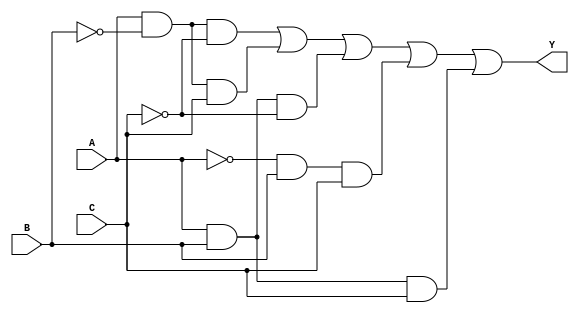
module kmap_3var (
    input wire A,   // Input variable A
    input wire B,   // Input variable B
    input wire C,   // Input variable C
    output wire Y   // Output of the combinational logic
);

// Define the K-map function based on the specific minterms
// Example minterms: m0, m1, m2, m5, m6 (you can change this based on your K-map)
assign Y = (A & ~B & ~C) | // m0: A=0, B=0, C=0
           (A & ~B & C)  | // m1: A=0, B=0, C=1
           (A & B & ~C)  | // m2: A=0, B=1, C=0
           (~A & B & C)  | // m5: A=1, B=1, C=0
           (A & B & C);    // m6: A=1, B=1, C=1

endmodule